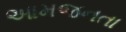
આમજનતા